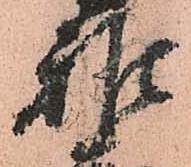
雅